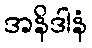
အနိဒါနံ